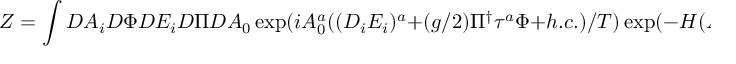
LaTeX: Z = \int { \cal D } A _ { i } { \cal D } \Phi { \cal D } E _ { i } { \cal D } \Pi { \cal D } A _ { 0 } \exp ( i A _ { 0 } ^ { a } ( ( D _ { i } E _ { i } ) ^ { a } + ( g / 2 ) \Pi ^ { \dagger } \tau ^ { a } \Phi + h . c . ) / T ) \exp ( - H ( A , \Phi , E , \Pi ) ) \, .